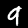
Label: 9